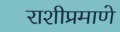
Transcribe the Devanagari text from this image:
राशीप्रमाणे